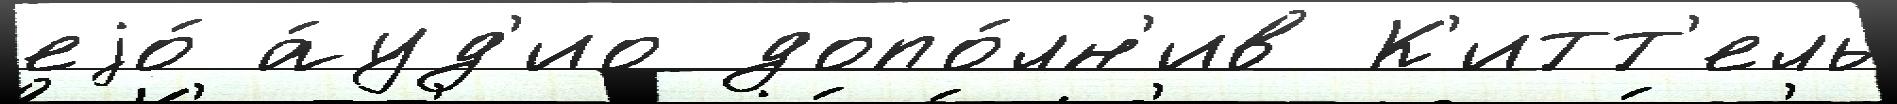
еjо́ а́уд'ио допо́лн'ив К'итт'ель